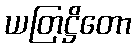
ယတြဋ္ဌိတော